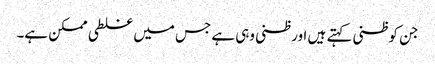
جن کو ظنی کہتے ہیں اور ظنی وہی ہے جس میں غلطی ممکن ہے۔